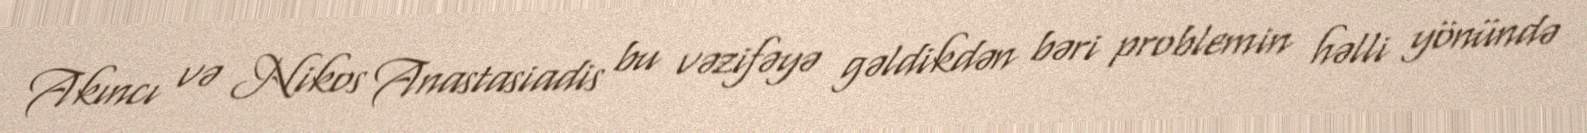
Akıncı və Nikos Anastasiadis bu vəzifəyə gəldikdən bəri problemin həlli yönündə